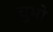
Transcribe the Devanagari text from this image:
चुभो